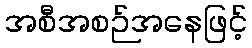
အစီအစဉ်အနေဖြင့်